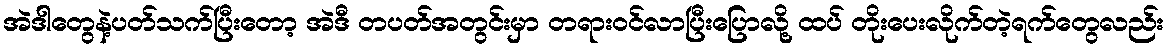
အဲဒါတွေနဲ့ပတ်သက်ပြီးတော့ အဲဒီ တပတ်အတွင်းမှာ တရားဝင်လာပြီးပြောလို့ ထပ် တိုးပေးလိုက်တဲ့ရက်တွေလည်း